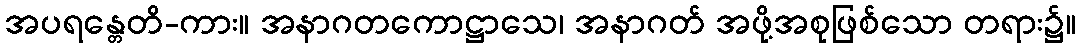
အပရန္တေတိ-ကား။ အနာဂတကောဋ္ဌာသေ၊ အနာဂတ် အဖို့အစုဖြစ်သော တရား၌။